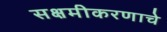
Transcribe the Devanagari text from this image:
सक्षमीकरणाचे